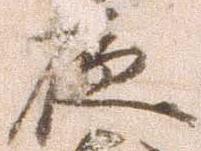
夜